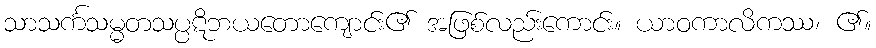
သာသင်္ကသမ္မတသပ္ပဋိဘယတောကျောင်း၏ အဖြစ်လည်းကောင်း။ ယာဝကာလိကဿ၊ ၏။